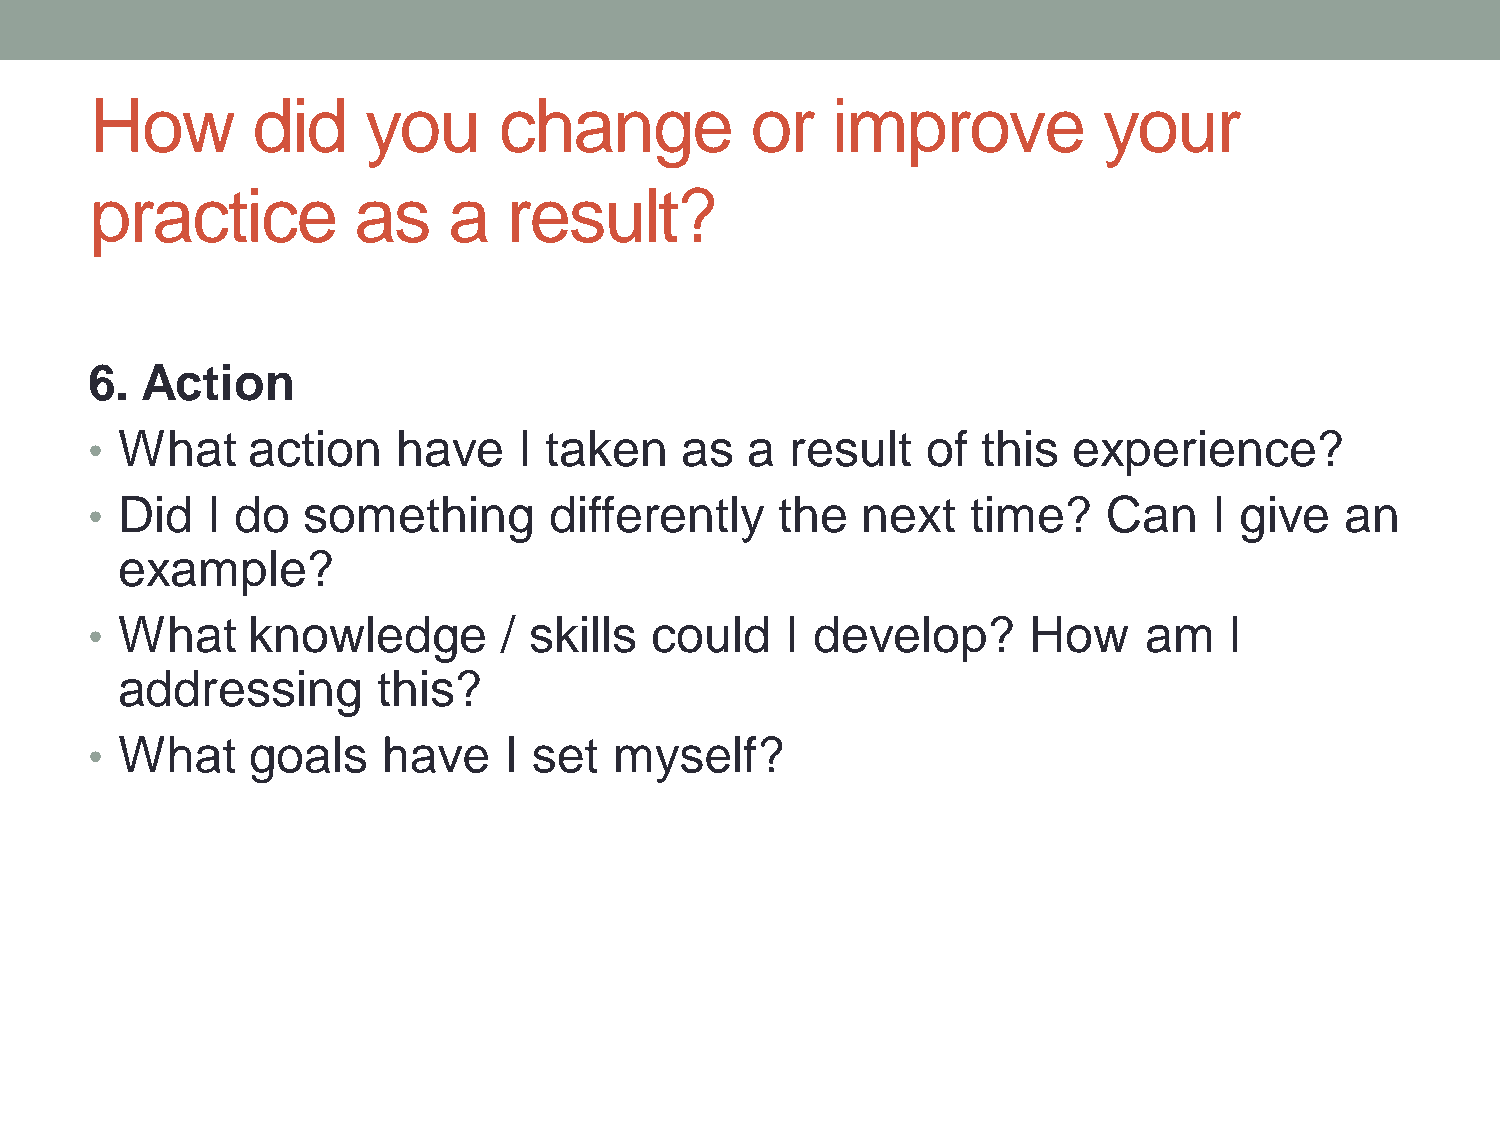
How        did    you      change           or   improve           your
 practice         as     a   result?
 6. Action
 • What    action    have    I taken    as   a result   of  this  experience?
 • Did   I do  something       differently     the  next   time?    Can    I give   an
 example?
 • What    knowledge        / skills  could    I develop?      How     am   I
 addressing       this?
 • What    goals    have    I set   myself?